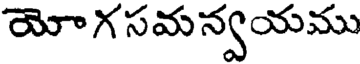
యోగ సమన్వయము